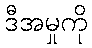
ဒီအမှုကို